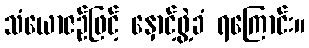
သံယောဇဉ်ဖြင့် နှောင့်ဖွဲ့ခံ ရကြောင်း။